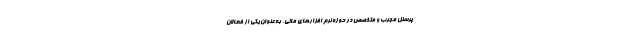
پرسنل مجرب و متخصص در حوزه نرم ‌افزارهای مالی، به‌عنوان یکی از فعالان